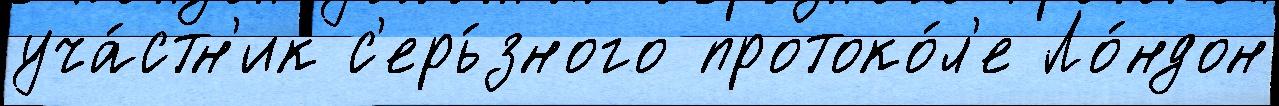
уча́стн'ик с'ерь́зного протоко́л'е Ло́ндон